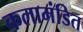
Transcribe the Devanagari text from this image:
कलामंडित